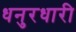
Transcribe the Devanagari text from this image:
धनुरधारी